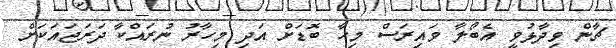
ޗާން ވިދާޅުވީ އެބޯލާ ވައިރަސް މިހާ ބޮޑަށް އަދި މިހާރު ނުރައްކާ ދަރަޖައަކަށް